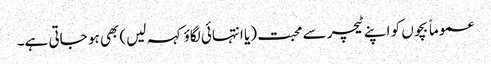
عموماً بچوں کو اپنے ٹیچر سے محبت (یا انتہائی لگاؤ کہہ لیں) بھی ہو جاتی ہے۔